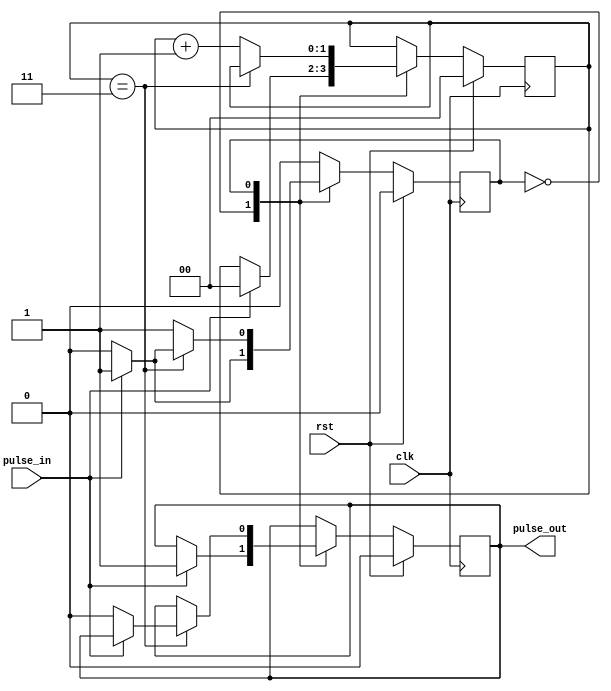
//
// Copyright 2017 Ettus Research, a National Instruments Company
//
// SPDX-License-Identifier: LGPL-3.0-or-later
//
// Module: pulse_stretch_min
//
// Description:
//
//   Pulse stretcher, to guarantee a minimum pulse width. Takes a short input 
//   pulse and outputs a pulse that is LENGTH clock cycles long. If the input 
//   pulse is longer than LENGTH then the output pulse will be the same length 
//   as the input pulse. The output is registered so the output is delayed by 
//   one clock cycle relative to the input. If more than one pulse is input 
//   within LENGTH+1 clock cycles, then the extra input pulses will not 
//   generate output pulses.
//
// Examples:  (LENGTH = 3)
//
//   Clock      _/\_/\_/\_/\_/\_/\_/\_/\_/\_/\_/\_/\_/\_/\_/\_
//
//
//   pulse_in   _/\_______________/\___________/\_______
//
//   pulse_out  _____/\_______/\_______/\___
//
//
//   pulse_in   _/\______________/\_______/\______
//
//   pulse_out  ______/\______________/\__
//
//
// Parameters:
//
//   LENGTH : Length of the minimum pulse to output, in clock cycles.
//

module pulse_stretch_min #(
  parameter LENGTH = 4
) (
  input  wire clk,
  input  wire rst,
  input  wire pulse_in,
  output reg  pulse_out = 0
);

  reg [$clog2(LENGTH)-1:0] count = 0;
  reg                      state = 0;

  always @ (posedge clk)
    if (rst) begin
      state     <= 0;
      count     <= 0;
      pulse_out <= 0;
    end
    else begin
      case (state)

      1'b0: begin
        if (pulse_in) begin
          state     <= 1;
          pulse_out <= 1;
          count     <= 0;
        end
      end

      1'b1: begin
        if (count == LENGTH-1) begin
          if (!pulse_in) begin
            state     <= 0;
            pulse_out <= 0;
          end
        end else
          count <= count + 1;
      end
      endcase
    end

endmodule